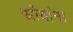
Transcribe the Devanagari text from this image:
स्रीयांना